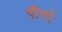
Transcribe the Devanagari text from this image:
दीगो